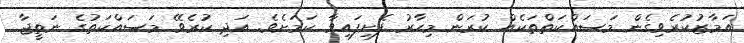
އަމާޒުކުރެވިގެން މަސައްކަތްތަކެއް ކުރަން މިހާރު ފެށިފައިވާ ކަަމަށެވެ. އަދި ކުރެވޭ މަސައްކަތުގެ ނަތީޖާ